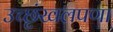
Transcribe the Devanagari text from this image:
उच्छृंखलपणा